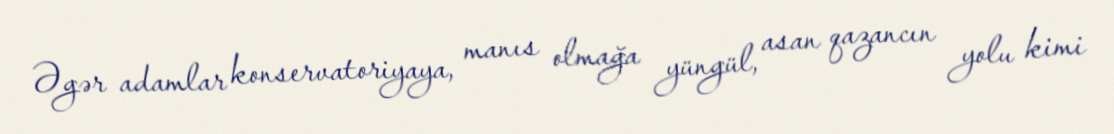
Əgər adamlar konservatoriyaya, manıs olmağa yüngül, asan qazancın yolu kimi